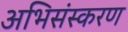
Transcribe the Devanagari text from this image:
अभिसंस्करण